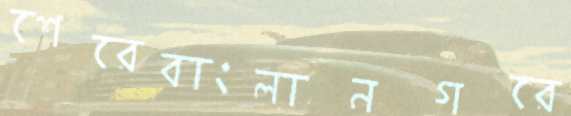
শেরেবাংলানগরে